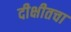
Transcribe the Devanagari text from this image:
दीक्षीतचा